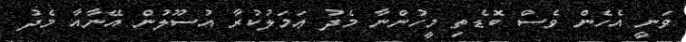
ވަނީ އެހެން ވެސް ބޮޑެތި މީހުންނާ މެދު ޢަމަލުކުރާ އުސޫލުން އޭނާއާ މެދު